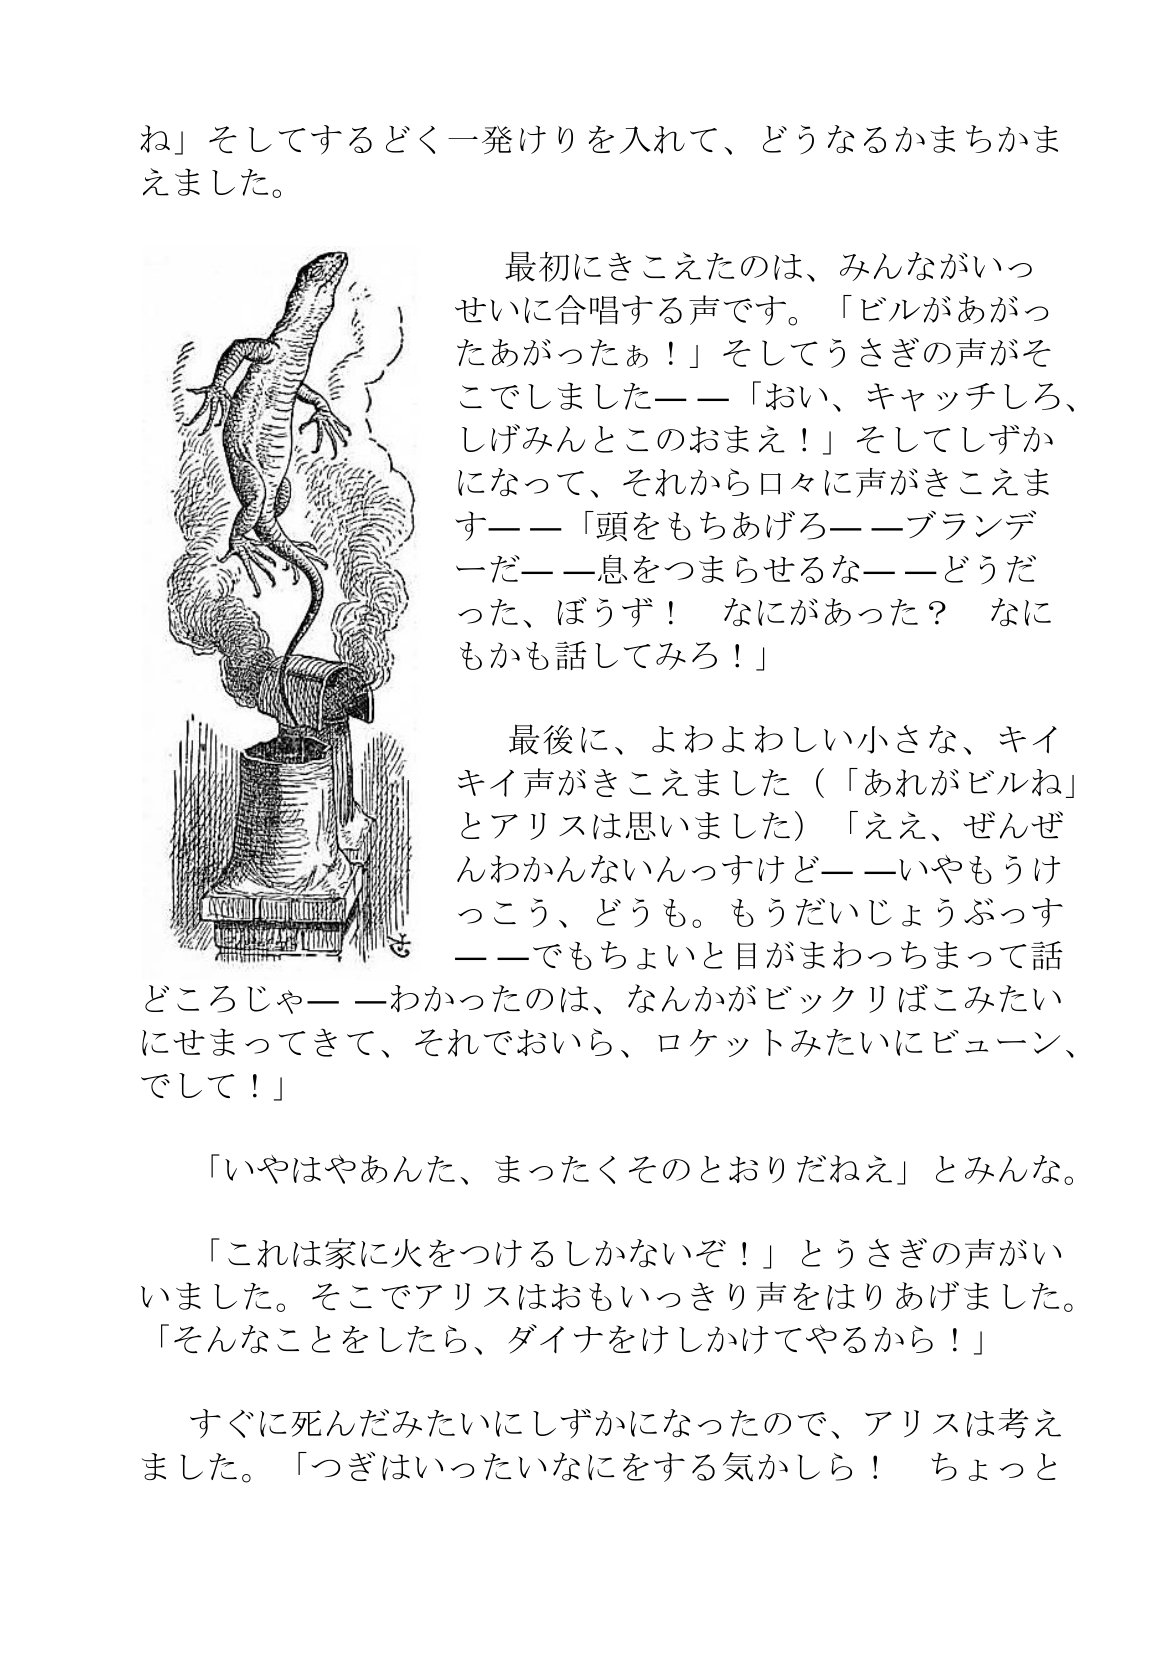
Language: ja